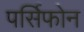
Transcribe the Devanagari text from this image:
पर्सिफोन